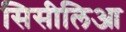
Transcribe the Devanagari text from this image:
सिसीलिआ